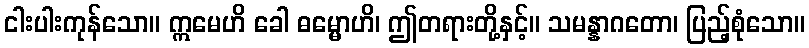
ငါးပါးကုန်သော။ ဣမေဟိ ခေါ ဓမ္မောဟိ၊ ဤတရားတို့နှင့်။ သမန္နာဂတော၊ ပြည့်စုံသော။